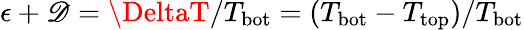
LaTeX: \epsilon+\mathscr{D}=\DeltaT/T_{\mathrm{{bot}}}=\left(T_{\mathrm{{bot}}}-T_{\mathrm{{top}}}\right)/T_{\mathrm{{bot}}}